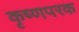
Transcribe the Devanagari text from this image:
कृष्णपरक